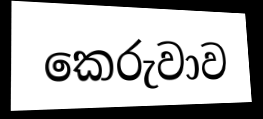
කෙරුවාව